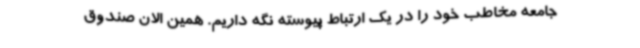
جامعه مخاطب خود را در یک ارتباط پیوسته نگه داریم. همین الان صندوق